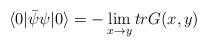
LaTeX: \begin{align*}\langle 0 | {\bar {\psi}} \psi | 0 \rangle = - \lim_{x \rightarrow y} tr G(x,y)\end{align*}